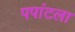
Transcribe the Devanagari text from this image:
पपांटला